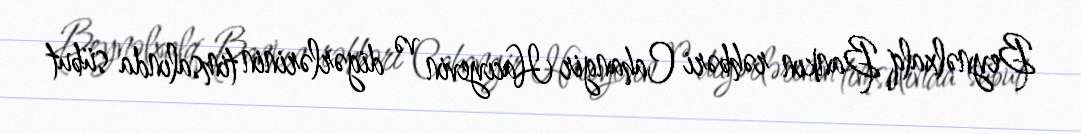
Beynəlxalq Bankın rəhbəri Cahangir Hacıyevin və digərlərinin timsalında sübut